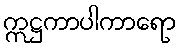
ဣဋ္ဌကာပါကာရော